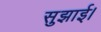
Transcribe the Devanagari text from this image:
सुझाई।